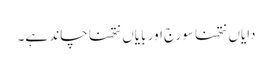
دایاں نتھنا سورج اور بایاں نتھنا چاند ہے۔